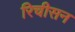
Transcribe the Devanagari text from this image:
रिचीसन